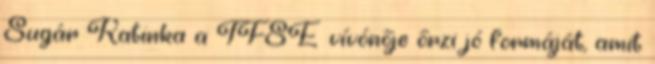
Sugár Katinka a TFSE vívónője őrzi jó formáját, amit